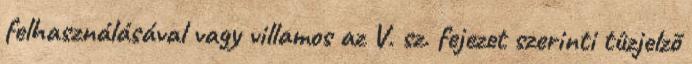
felhasználásával vagy villamos az V. sz. fejezet szerinti tûzjelzõ